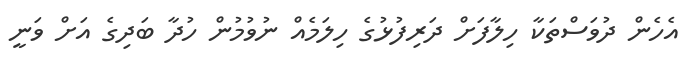
އެހެން ދުވަސްތަކާ ހިލާފަށް ދަރިފުޅުގެ ހިލަމެއް ނުވުމުން ހުދާ ބަދިގެ އަށް ވަނީ